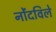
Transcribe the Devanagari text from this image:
नोंंदविले